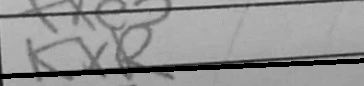
Transcription: KxR